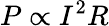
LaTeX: P\propto I^{2}R